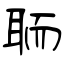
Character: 聏